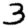
Digit: 3